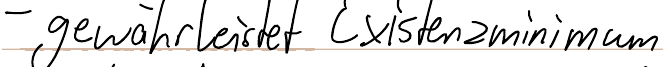
- gewährleistet Existenzminimum